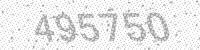
Solution: 495750